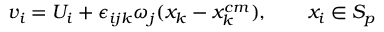
v _ { i } = U _ { i } + \epsilon _ { i j k } \omega _ { j } ( x _ { k } - x _ { k } ^ { c m } ) , \qquad x _ { i } \in S _ { p }